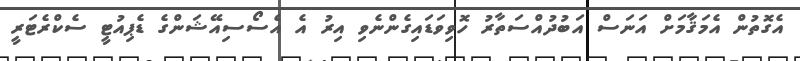
އެގޮތުން އެމަޤާމަށް އަނަސް އަބުދުއްސަތާރު ހޮވިވަޑައިގެންނެވި އިރު އެ އެސޯސިއޭޝަންގެ ޑެޕިއުޓީ ސެކްރެޓަރީ